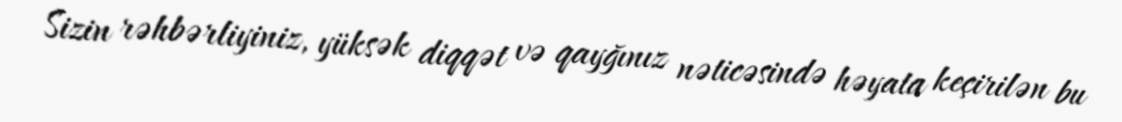
Sizin rəhbərliyiniz, yüksək diqqət və qayğınız nəticəsində həyata keçirilən bu